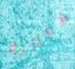
فعالية